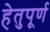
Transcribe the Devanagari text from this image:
हेतुपूर्ण